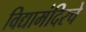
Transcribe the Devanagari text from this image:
विद्यामंदिरचे